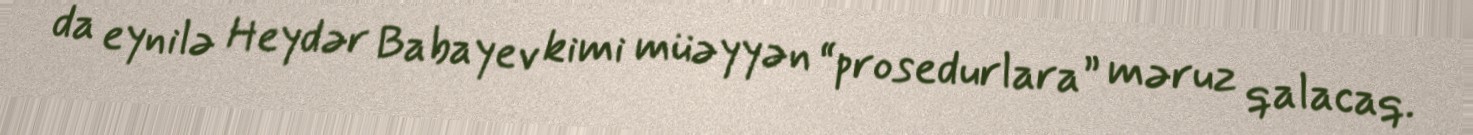
da eynilə Heydər Babayev kimi müəyyən “prosedurlara” məruz qalacaq.